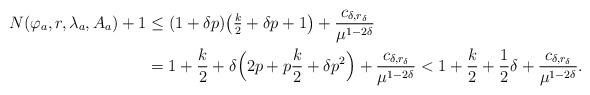
LaTeX: \begin{align*} N(\varphi_a, r,\lambda_a,A_a)+1&\leq (1+\delta p)\big(\tfrac k2+\delta p+1\big)+\frac{c_{\delta,r_\delta}}{\mu^{1-2\delta}}\\ &=1+\frac k2+\delta\Big(2p+p\frac k2+\delta p^2\Big)+\frac{c_{\delta,r_\delta}}{\mu^{1-2\delta}}<1+\frac k2+\frac12\delta+\frac{c_{\delta,r_\delta}}{\mu^{1-2\delta}}.\end{align*}